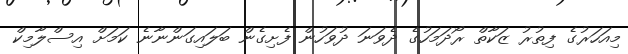
މިއަހަރުގެ ފިތުރު ޒަކާތް ރޯދަމަހުގެ ދެވަނަ ދުވަހުން ފެށިގެން ބަލައިގަންނާނެ ކަމަށް އިސްލާމިކް